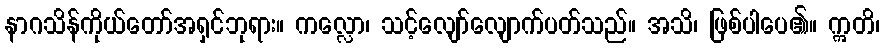
နာဂသိန်ကိုယ်တော်အရှင်ဘုရား။ ကလ္လော၊ သင့်လျော်လျောက်ပတ်သည်။ အသိ၊ ဖြစ်ပါပေ၏။ ဣတိ၊